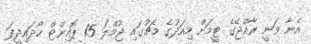
އެނާ ވަނީ ރާއްޖޭގެ ޓީމަށް މިއަދުގެ މެޗުގައި ޖުމްލަ 15 ޕޮއިންޓް ހޯދައިދީފަ